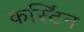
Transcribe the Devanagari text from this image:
कर्स्टिन